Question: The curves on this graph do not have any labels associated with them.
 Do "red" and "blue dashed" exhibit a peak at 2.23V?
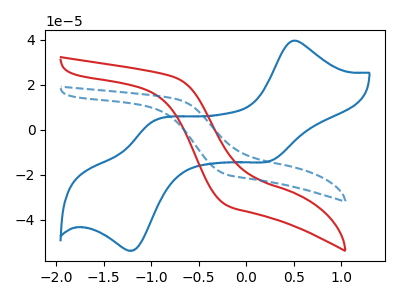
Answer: <think>The blue curve "blue" has anodic peaks at (0.50V, 39.40uA) (-1.00V, 3.70uA) and cathodic peaks at (0.25V, -13.75uA) (-1.20V, -53.35uA). The red curve "red" has no peaks. The blue dashed curve "blue dashed" has no peaks.</think>
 <answer>No, "red" and "blue dashed" dont share a peak at 2.23V.</answer>
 <eval>mismatch</eval>